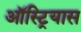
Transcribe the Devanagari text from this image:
ऑस्ट्रियास